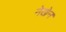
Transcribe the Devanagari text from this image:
नेखेन